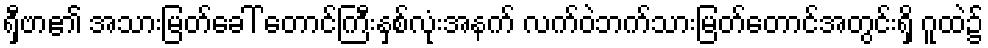
ရှီဗာ၏ အသားမြတ်ခေါ် တောင်ကြီးနှစ်လုံးအနက် လက်ဝဲဘက်သားမြတ်တောင်အတွင်းရှိ ဂူထဲ၌